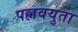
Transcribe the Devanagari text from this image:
पल्लवयुता